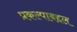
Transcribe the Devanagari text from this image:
प्रकल्पाबद्दल